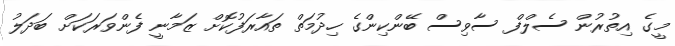
މީގެ އިތުރުން ސެލްފް ސާވިސް ބޭންކިންގެ ހިދުމަތް ތައާރަފުކޮށް ޒަމާނީ ފެންވަރަކަށް ބަދަލު